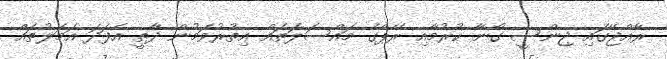
ރާއްޖޭގައި ޖިންސީ ގޯނާ ކުރުމާއި ރޭޕްގެ މައްސަލަތައް އިތުރުވަމުން ދާތީ އެފަދަ އަމަލުތައް